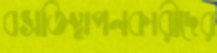
বসতিস্থাপনকারীদের